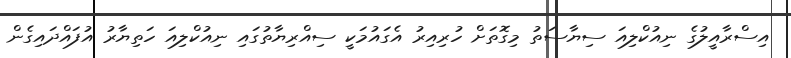
އިސްރާއީލުގެ ނިއުކްލިއަ ސިޔާސަތު މިގޮތަށް ހުރިއިރު އެގައުމަކީ ސިއްރިޔާތުގައި ނިއުކްލިއަ ހަތިޔާރު އުފައްދައިގެން